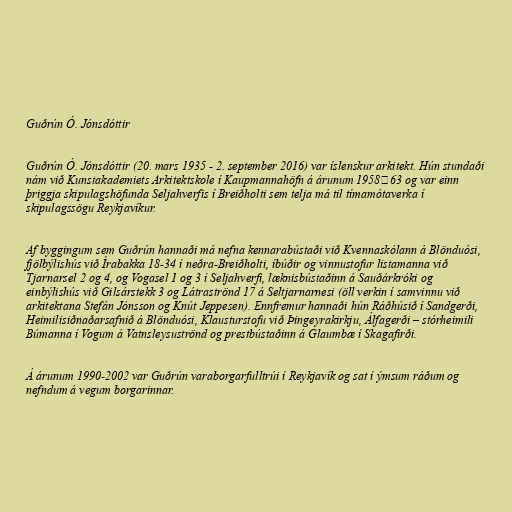
Guðrún Ó. Jónsdóttir

Guðrún Ó. Jónsdóttir (20. mars 1935 - 2. september 2016) var íslenskur arkitekt. Hún stundaði
nám við Kunstakademiets Arkitektskole í Kaupmannahöfn á árunum 1958‑63 og var einn
þriggja skipulagshöfunda Seljahverfis í Breiðholti sem telja má til tímamótaverka í
skipulagssögu Reykjavíkur.

Af byggingum sem Guðrún hannaði má nefna kennarabústaði við Kvennaskólann á Blönduósi,
fjölbýlishús við Írabakka 18-34 í neðra-Breiðholti, íbúðir og vinnustofur listamanna við
Tjarnarsel 2 og 4, og Vogasel 1 og 3 í Seljahverfi, læknisbústaðinn á Sauðárkróki og
einbýlishús við Gilsárstekk 3 og Látraströnd 17 á Seltjarnarnesi (öll verkin í samvinnu við
arkitektana Stefán Jónsson og Knút Jeppesen). Ennfremur hannaði hún Ráðhúsið í Sandgerði,
Heimilisiðnaðarsafnið á Blönduósi, Klausturstofu við Þingeyrakirkju, Álfagerði – stórheimili
Búmanna í Vogum á Vatnsleysuströnd og prestbústaðinn á Glaumbæ í Skagafirði.

Á árunum 1990-2002 var Guðrún varaborgarfulltrúi í Reykjavík og sat í ýmsum ráðum og
nefndum á vegum borgarinnar.